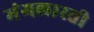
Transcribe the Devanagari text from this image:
मंगलारती